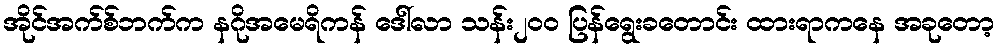
အိုင်အက်စ်ဘက်က နဂိုအမေရိကန် ဒေါ်လာ သန်း၂၀၀ ပြန်ရွေးခတောင်း ထားရာကနေ အခုတော့